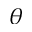
\theta